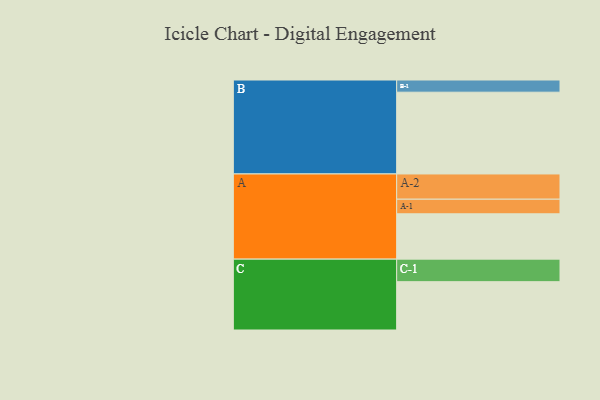
{"axis": {"x": "Segment", "y": "Value"}, "legend": ["", "A", "B", "C"], "data": [{"x": "A", "y": 320, "type": ""}, {"x": "B", "y": 577, "type": ""}, {"x": "C", "y": 341, "type": ""}, {"x": "A-1", "y": 103, "type": "A"}, {"x": "A-2", "y": 178, "type": "A"}, {"x": "B-1", "y": 86, "type": "B"}, {"x": "C-1", "y": 159, "type": "C"}]}